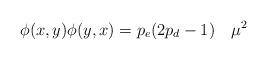
LaTeX: \begin{align*}\phi(x,y) \phi(y,x)=p_e(2p_d-1) ~~~ \mu^2 \end{align*}